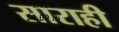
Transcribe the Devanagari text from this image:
साराही